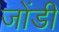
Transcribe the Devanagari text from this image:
जोंडी